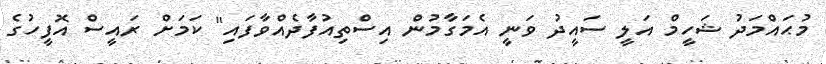
މުޙައްމަދު ޝަހީމް އަލީ ސައީދު ވަނީ އެމަގާމުން އިސްތިއުފާދެއްވާފައި" ކަމަށް ރައީސް އޮފީހުގެ